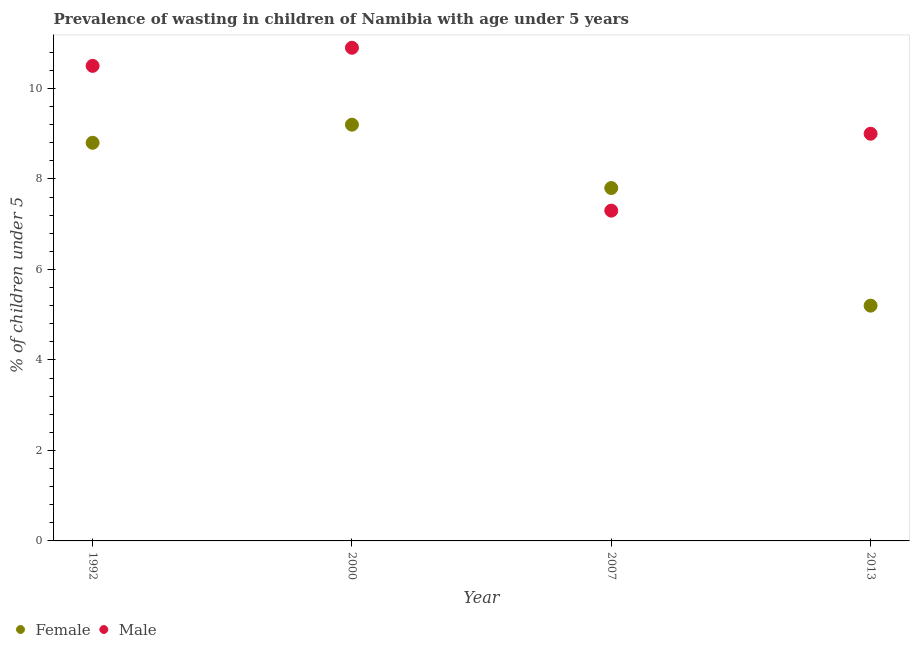
| Year | Female | Male |
 | --- | --- | --- |
 | 1992 | 8.8 | 10.5 |
 | 2000 | 9.2 | 10.9 |
 | 2007 | 7.8 | 7.3 |
 | 2013 | 5.2 | 9 |